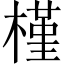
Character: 槿